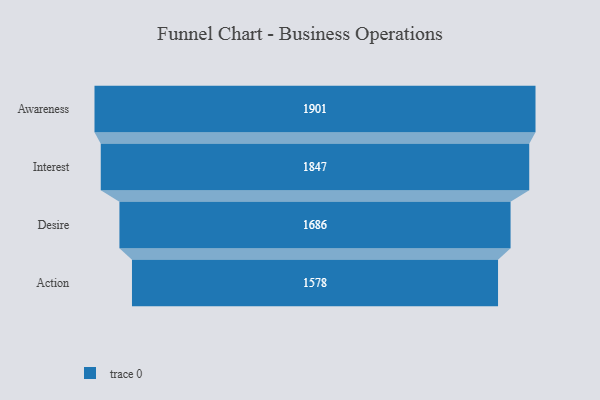
{"axis": {"x": "Stage", "y": "Value"}, "legend": [""], "data": [{"x": "Awareness", "y": 1901.0, "type": ""}, {"x": "Interest", "y": 1847.0, "type": ""}, {"x": "Desire", "y": 1686.0, "type": ""}, {"x": "Action", "y": 1578.0, "type": ""}]}